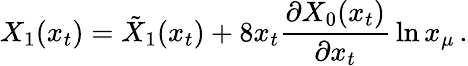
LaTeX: X_{1}(x_{t})=\tilde{X}_{1}(x_{t})+8x_{t}{\frac{\partial X_{0}(x_{t})}{\partial x_{t}}}\ln x_{\mu}\, .